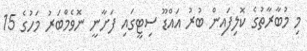
މި މުބާރާތުގެ ކޮލިފައިން ބުރު އައްޑޫ ސިޓީގައި ފަށާނީ ނޮވެމްބަރު މަހުގެ 15